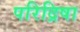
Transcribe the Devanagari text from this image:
परिद्रिषा